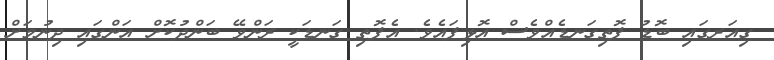
ގިއަރގައި ބޮޑު ފޮތިގަނޑެއްވެސް އޮޅިފައެވެ. އެފޮތި ގަނޑަކީ ރަންވޭ ބަންދުކޮށް އަންގައި ދިނުމަށް